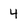
Character: 4